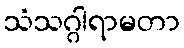
သံသဂ္ဂါရာမတာ